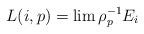
LaTeX: \begin{align*}L(i,p)=\lim \rho_{p}^{-1}E_i\end{align*}